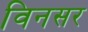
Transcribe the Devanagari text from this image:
विनसर